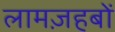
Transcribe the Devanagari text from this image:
लामज़हबों